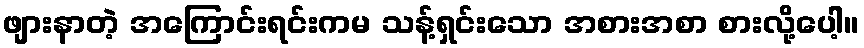
ဖျားနာတဲ့ အကြောင်းရင်းကမ သန့်ရှင်းသော အစားအစာ စားလို့ပေါ့။